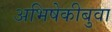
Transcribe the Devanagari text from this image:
अभिषेकीबुवा